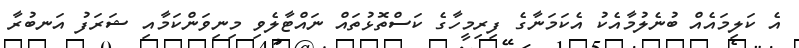
އެ ކަލިމައެއް ބުނެލުމާއެކު އެކަމަނާގެ ފިރިމީހާގެ ކަސްތޮޅުތައް ނައްޓާލެވި މިނިވަންކަމާއި ޝަރަފު އަނބުރާ